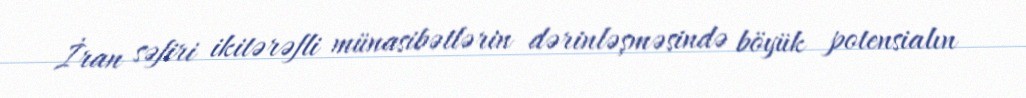
İran səfiri ikitərəfli münasibətlərin dərinləşməsində böyük potensialın